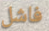
فاشل